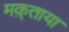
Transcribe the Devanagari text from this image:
मक़्ताया